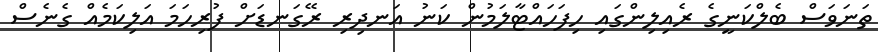
ތަނަވަސް ބެލްކަނީގެ ރެއިލިންގައި ހިފަހައްޓާލަމުން ކަނު އަނދިރި ރޭގަނޑަށް ފުރިހަމަ އަލިކަމެއް ގެނެސް